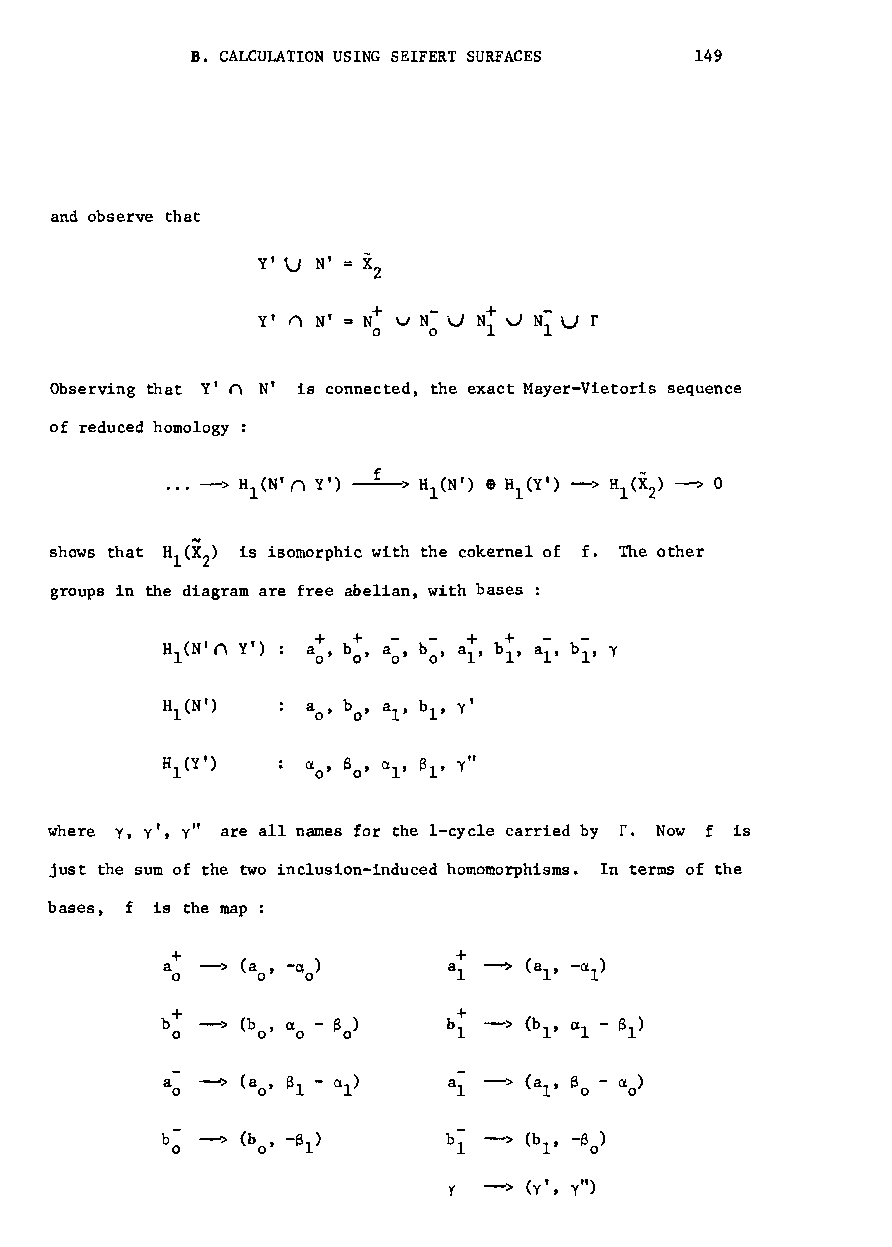
B. CALCULATION USING SEIFERT SURFACES 149
 and observe that
 Observing that y' n N' is connected, the exact Mayer-Vietoris sequence
 of reduced homology :
 (X
 shows that H ) is isomorphic with the cokernel of f. The other
 l 2
 groups in the diagram are free abelian, with bases
 -
 HI(N'(\ y') a+ o' b+ 0' ao' b 0' a+ I' b+ 1, aI' b~, y
 HI(N')   ao' bo' aI' b l, y'
 HI(Y')   ().o' B o' aI' B 1, ytf
 where y, y', ytf are all names for the I-cycle carried by r. Now f is
 just the sum of the two inclusion-induced homomorphisms. In terms of the
 bases, f is the map :
 +                  +
 a 0 -> (ao' -a o)  a 1 ---> (aI' -a I)
 b+ 0 -> (bo' a 0 - eo) b+ 1 -> (b 1, a 1 - e 1)
 a 0 -> (ao' e 1 - a l) a 1 -> (aI' eo - 0. 0)
 b
 0
 --> (b o' -6 1)  b~ -> (b I, -6 0)
 y -> (y', y")